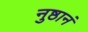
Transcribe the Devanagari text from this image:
नुष्ठानं